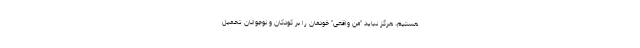
هستیم، هرگز نباید "من واقعی" خودمان را بر کودکان و نوجوانان تحمیل